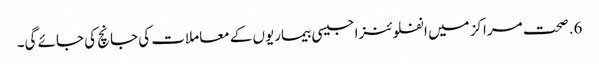
6. صحت مراکز میں انفلوئنزا جیسی بیماریوں کے معاملات کی جانچ کی جائے گی۔